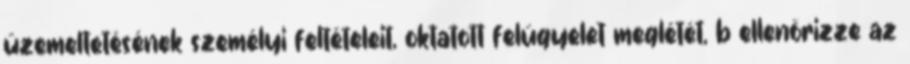
üzemeltetésének személyi feltételeit, oktatott felügyelet meglétét, b ellenõrizze az